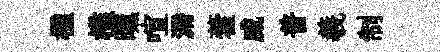
楹槛曛喧漘藿威普羲制